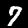
Label: 7